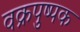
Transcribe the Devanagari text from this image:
वक्रपुष्पक